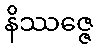
နိဿဇ္ဇေ